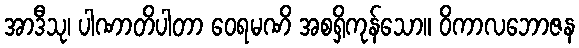
အာဒီသု၊ ပါဏာတိပါတာ ဝေရမဏိ အစရှိကုန်သော။ ဝိကာလဘောဇန